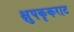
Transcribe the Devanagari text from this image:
क्षुपकृकराट